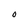
Character: O